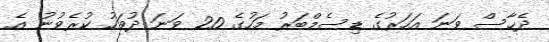
ދެހާސް ވަނަ އަހަރުގެ ޑިސެމްބަރު މަހުގެ 20 ވަނަ ދުވަހު ކުރެވުނު އެ